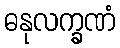
ဓနုလက္ခဏံ